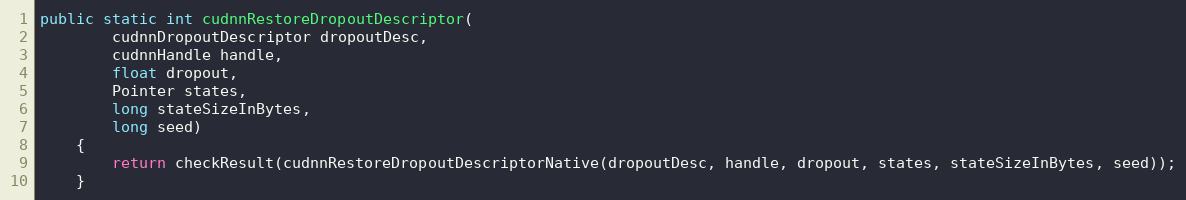
Language: Java
public static int cudnnRestoreDropoutDescriptor(
        cudnnDropoutDescriptor dropoutDesc,
        cudnnHandle handle,
        float dropout,
        Pointer states,
        long stateSizeInBytes,
        long seed)
    {
        return checkResult(cudnnRestoreDropoutDescriptorNative(dropoutDesc, handle, dropout, states, stateSizeInBytes, seed));
    }